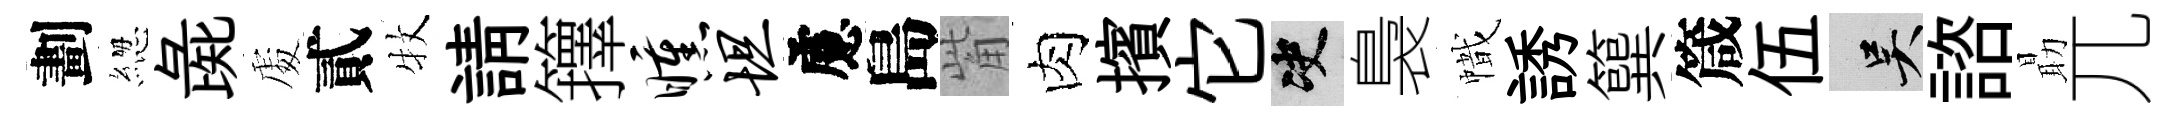
劃緫彘𠁅貳牧請籜曛坦慮島觜肉擯它决裊幟誘簨箴伍吴諮朂兀